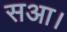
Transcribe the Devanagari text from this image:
सआ।